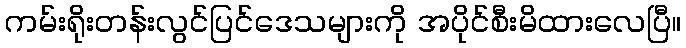
ကမ်းရိုးတန်းလွင်ပြင်ဒေသများကို အပိုင်စီးမိထားလေပြီ။